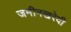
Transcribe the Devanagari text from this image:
जमीनखरेदी